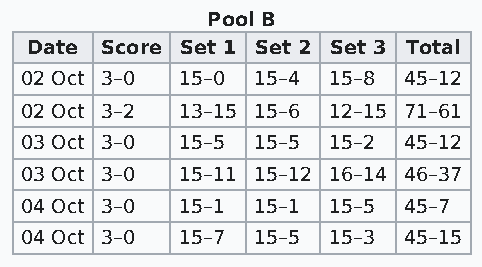
Pool B
 Date Score Set 1 Set 2 Set 3 Total
 02 Oct 3–0 15–0 15–4 15–8 45–12
 02 Oct 3–2 13–15 15–6 12–15 71–61
 03 Oct 3–0 15–5 15–5 15–2 45–12
 03 Oct 3–0 15–11 15–12 16–14 46–37
 04 Oct 3–0 15–1 15–1 15–5 45–7
 04 Oct 3–0 15–7 15–5 15–3 45–15